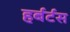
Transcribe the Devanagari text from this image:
हर्बर्टस